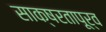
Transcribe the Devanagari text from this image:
साक्षरतापूर्व